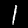
Label: 1